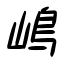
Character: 嶋